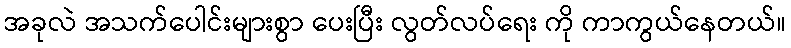
အခုလဲ အသက်ပေါင်းများစွာ ပေးပြီး လွတ်လပ်ရေး ကို ကာကွယ်နေတယ်။